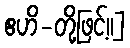
ဧဟိ-တို့ဖြင့်၊၊]